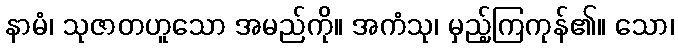
နာမံ၊ သုဇာတဟူသော အမည်ကို။ အကံသု၊ မှည့်ကြကုန်၏။ သော၊